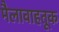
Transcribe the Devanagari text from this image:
मैलावाहतूक